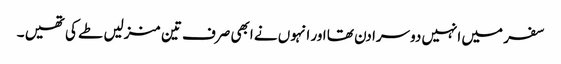
سفر میں انہیں دوسرا دن تھا اور انہوں نے ابھی صرف تین منزلیں طے کی تھیں ۔